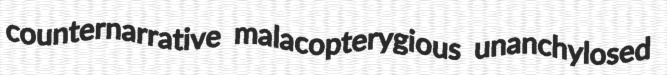
counternarrative malacopterygious unanchylosed